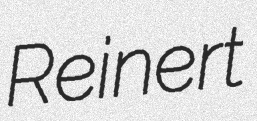
Reinert